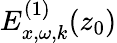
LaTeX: E_{x,\omega,k}^{(1)}(z_{0})